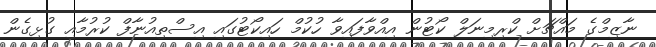
ނާޒިމްގެ މައްޗަށް ކްރިމިނަލް ކޯޓުން އިއްވާފައިވާ ހުކުމް ހައިކޯޓުގައި އިސްތިއުނާފް ކުރުމާއި ގުޅިގެން